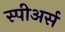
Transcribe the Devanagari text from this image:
स्पीअर्स